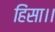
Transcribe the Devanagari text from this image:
हिंसा।।